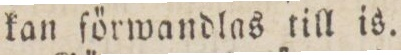
kan ſörwandlas till is.